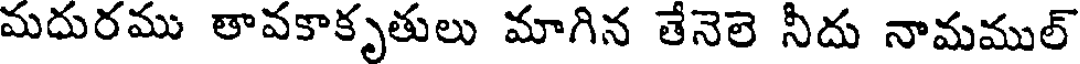
మదురము తావకాకృతులు మాగిన తేనెలె నీదు నామముల్